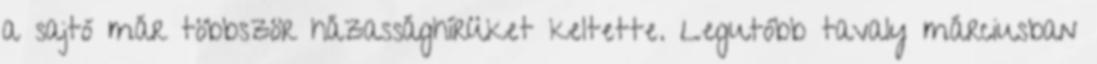
a sajtó már többször házassághírüket keltette. Legutóbb tavaly márciusban